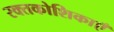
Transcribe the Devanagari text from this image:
रक्तकोशिकाएँ